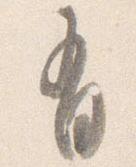
有